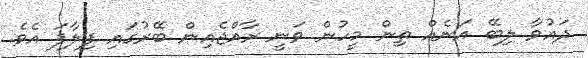
ދައުވާ ލިބޭ އަނެއް ތިން މީހުން ވަނީ ރާއްޖެއިން ބޭރުގައި ފިލާފަ އެވެ.